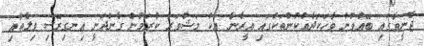
ޖެނީވާގައި ބޭއްވުނު ވާހަކަދެއްކުންތަކުގައި އީރާނާ އެކު މަޝްވަރާ ކުރަމުން ގެންދަނީ އިނގިރޭސި ވިލާތާއި